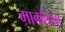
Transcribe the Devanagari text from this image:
मार्कांड्या